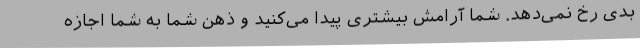
بدی رخ نمی‌دهد. شما آرامش بیشتری پیدا می‌کنید و ذهن شما به شما اجازه